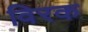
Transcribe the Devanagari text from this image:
विरक